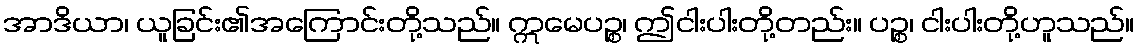
အာဒိယာ၊ ယူခြင်း၏အကြောင်းတို့သည်။ ဣမေပဉ္စ၊ ဤငါးပါးတို့တည်း။ ပဉ္စ၊ ငါးပါးတို့ဟူသည်။